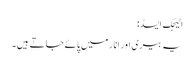
الیجک ایسڈ:
یہ بیری اور انار میں پائے جاتے ہیں۔